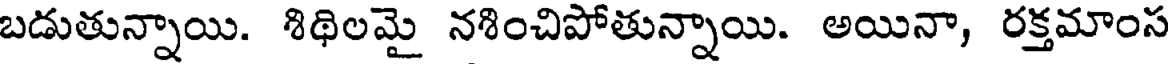
బడుతున్నాయి. శిథిలమై నశించిపోతున్నాయి. అయినా, రక్తమాంస